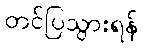
တင်ပြသွားရန်